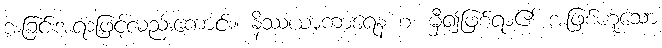
အခြင်းအရာဖြင့်လည်းကောင်း။ နိဿယာကာရေန စ၊ မှီ၍ဖြစ်ရာ၏ အဖြစ်ဟူသော